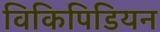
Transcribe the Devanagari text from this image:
विकिपिडियन